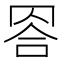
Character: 𦊭